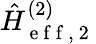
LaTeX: \hat{H}_{\mathrm{~e~f~f~,~2~}}^{(2)}